Leningradi_Edasi_toimetus, lk 46
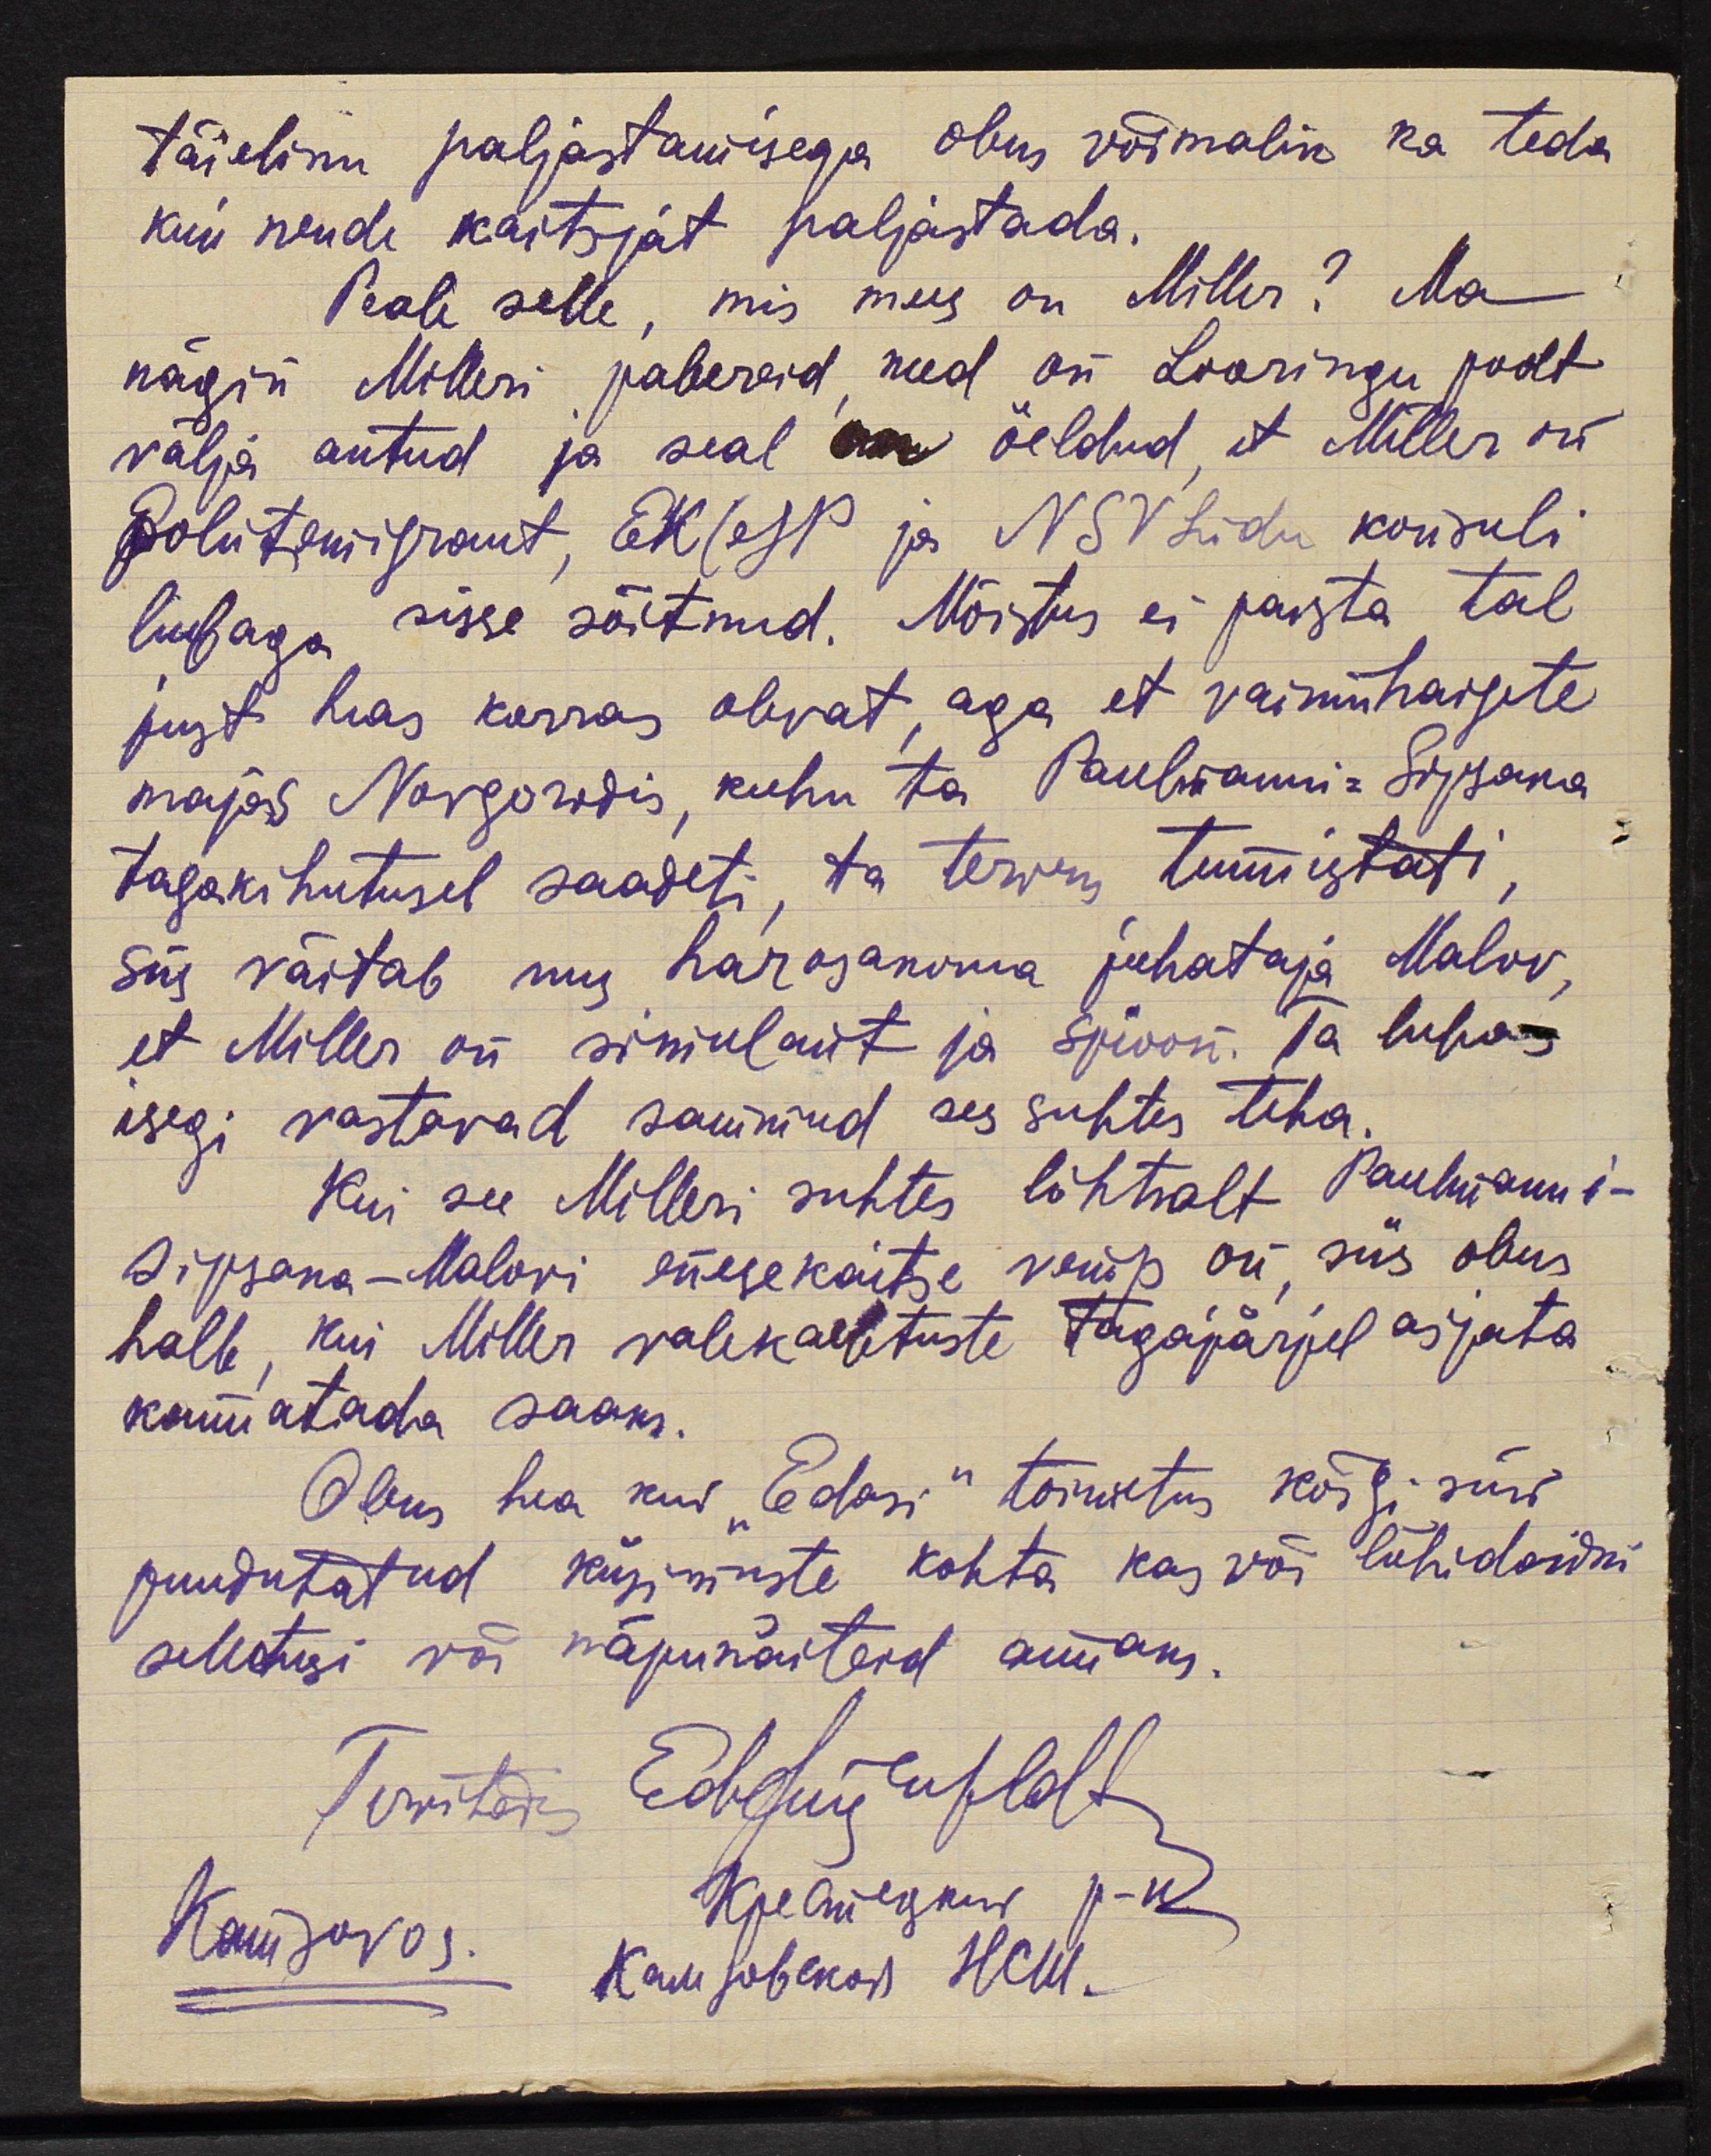
täieliku paljastamisega oleks võimalik ka teda
kui nende kaitsjat paljastada.
Peale selle, mis mees on Miller? Ma
nägin Milleri pabereid, need on Looringu poolt
välja antud ja seal on öeldud, et Miller on
politenisfront, EK(W ja NSV Liidu kousuli
lubaga sisse sõitnud. Mõistus ei paista tal
just heas korras olevat, aga et vaimuhagete
majas Novgorodis, kuhu ta Paulmanni-Sipsaka
tagakihutusel saadeti, ta terweks tunnistati,
siis väitab mu harasanoma juhataja Malov,
et Miller on simulant ja spioon. Ta lubas
isegi vastavad sammud ses suhtes teha.
Kui see Milleri suhtes lihtsalt Paulmanni-
Sippsaka-Malovi enesekaitse vemp on siis oleks
halb, kui Miller valekaebtuste tagajärjel asjata
kannatada saaks.
Oleks hea kui "Edasi" toimetus kõigi seni
puudutatud küsimuste kohta kas või lühidaidki
seletusi või näpunäiteid annaks.
Tervitada Edtsumenfeldt